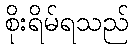
စိုးရိမ်ရသည်